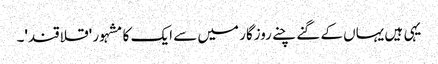
یہی ہیں یہاں کے گنے چنے روزگار میں سے ایک کا مشہور 'قلاقند'۔